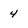
Character: 4